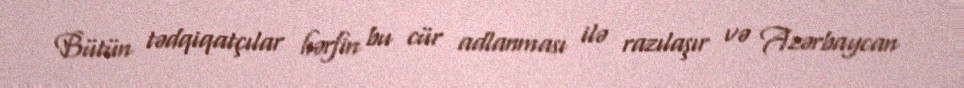
Bütün tədqiqatçılar hərfin bu cür adlanması ilə razılaşır və Azərbaycan